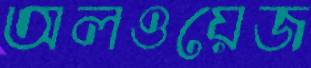
অলওয়েজ